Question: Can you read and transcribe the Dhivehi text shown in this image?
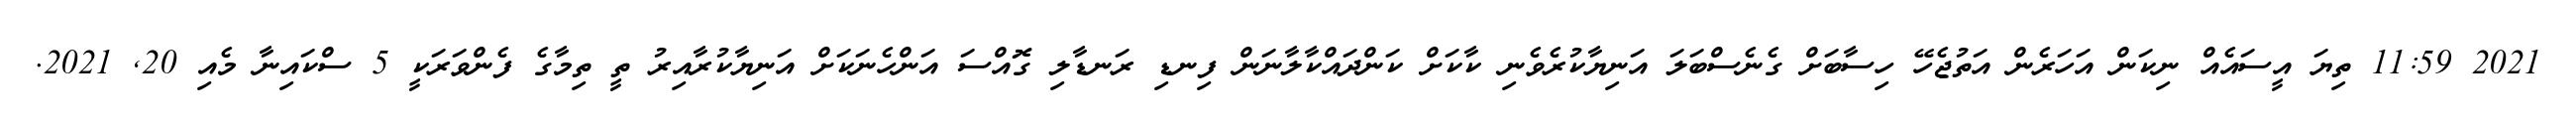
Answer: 2021 11:59 ތިޔަ އީސައެއް ނިކަން އަހަރެން އަތުޖެހޭ ހިސާބަށް ގެނެސްބަލަ އަނިޔާކުރެވެނި ކާކަށް ކަންދައްކާލާނަން ފިނޑި ރަނޑާލި ގޮއްސަ އަންހެނަކަށް އަނިޔާކުރާއިރު ތީ ތިމާގެ ފެންވަރަކީ 5 ސްކައިނާ މެއި 20, 2021.